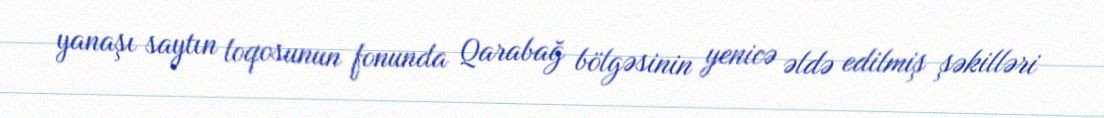
yanaşı saytın loqosunun fonunda Qarabağ bölgəsinin yenicə əldə edilmiş şəkilləri